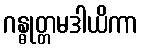
ဂန္ဓုတ္တမဒါယိကာ